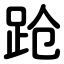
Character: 跄